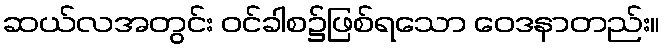
ဆယ်လအတွင်း ဝင်ခါစ၌ဖြစ်ရသော ဝေဒနာတည်း။